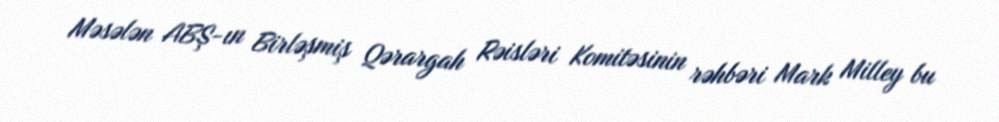
Məsələn ABŞ-ın Birləşmiş Qərargah Rəisləri Komitəsinin rəhbəri Mark Milley bu